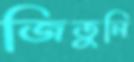
জিতুনি